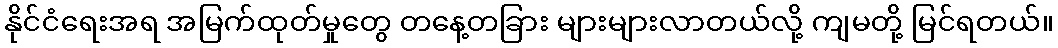
နိုင်ငံရေးအရ အမြက်ထုတ်မှုတွေ တနေ့တခြား များများလာတယ်လို့ ကျမတို့ မြင်ရတယ်။